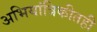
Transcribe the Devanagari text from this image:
अभियांत्रिकीतही